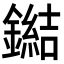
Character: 鐑